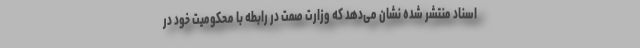
اسناد منتشر شده نشان می‌دهد که وزارت صمت در رابطه با محکومیت خود در